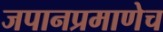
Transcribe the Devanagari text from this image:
जपानप्रमाणेच